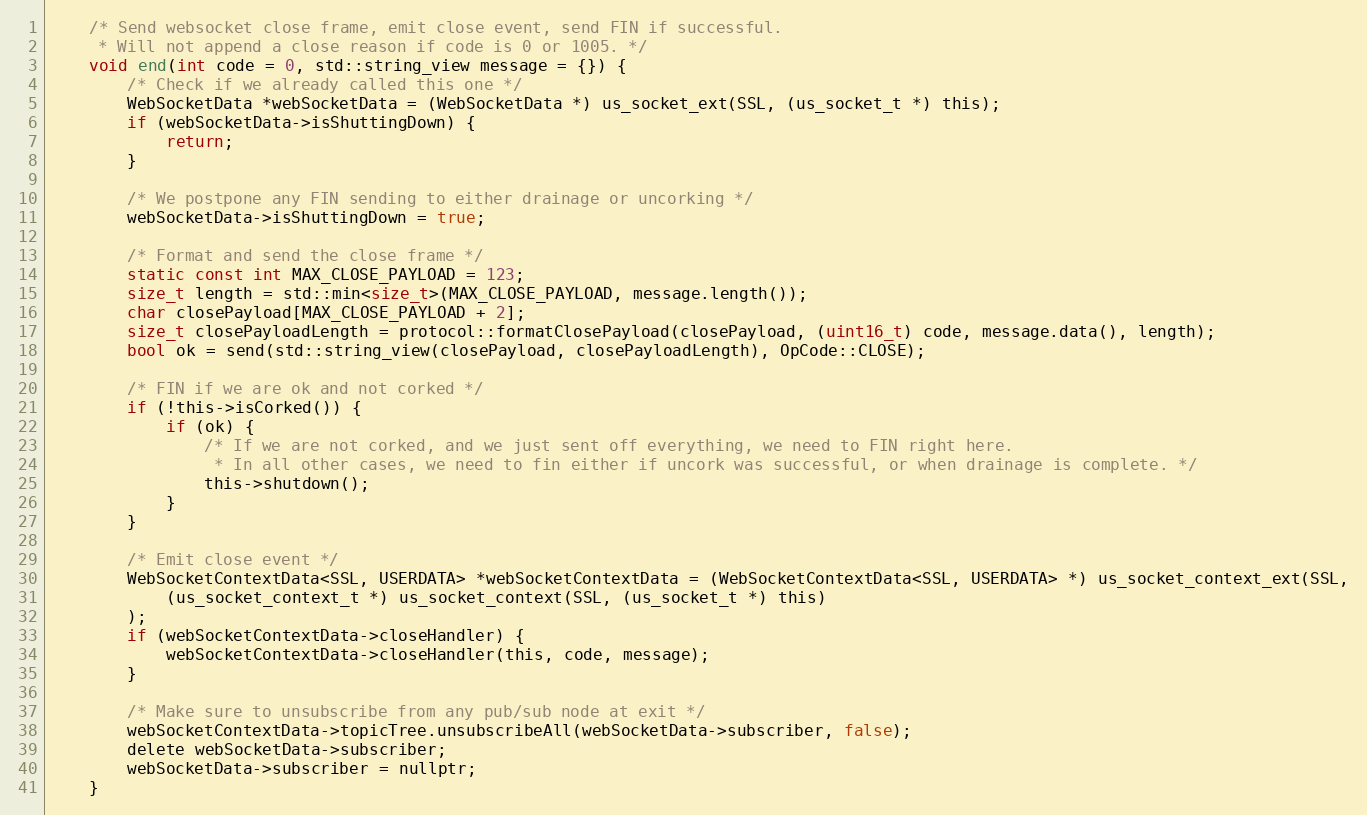
Language: C
    /* Send websocket close frame, emit close event, send FIN if successful.
     * Will not append a close reason if code is 0 or 1005. */
    void end(int code = 0, std::string_view message = {}) {
        /* Check if we already called this one */
        WebSocketData *webSocketData = (WebSocketData *) us_socket_ext(SSL, (us_socket_t *) this);
        if (webSocketData->isShuttingDown) {
            return;
        }

        /* We postpone any FIN sending to either drainage or uncorking */
        webSocketData->isShuttingDown = true;

        /* Format and send the close frame */
        static const int MAX_CLOSE_PAYLOAD = 123;
        size_t length = std::min<size_t>(MAX_CLOSE_PAYLOAD, message.length());
        char closePayload[MAX_CLOSE_PAYLOAD + 2];
        size_t closePayloadLength = protocol::formatClosePayload(closePayload, (uint16_t) code, message.data(), length);
        bool ok = send(std::string_view(closePayload, closePayloadLength), OpCode::CLOSE);

        /* FIN if we are ok and not corked */
        if (!this->isCorked()) {
            if (ok) {
                /* If we are not corked, and we just sent off everything, we need to FIN right here.
                 * In all other cases, we need to fin either if uncork was successful, or when drainage is complete. */
                this->shutdown();
            }
        }

        /* Emit close event */
        WebSocketContextData<SSL, USERDATA> *webSocketContextData = (WebSocketContextData<SSL, USERDATA> *) us_socket_context_ext(SSL,
            (us_socket_context_t *) us_socket_context(SSL, (us_socket_t *) this)
        );
        if (webSocketContextData->closeHandler) {
            webSocketContextData->closeHandler(this, code, message);
        }

        /* Make sure to unsubscribe from any pub/sub node at exit */
        webSocketContextData->topicTree.unsubscribeAll(webSocketData->subscriber, false);
        delete webSocketData->subscriber;
        webSocketData->subscriber = nullptr;
    }